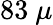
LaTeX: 83~\mu